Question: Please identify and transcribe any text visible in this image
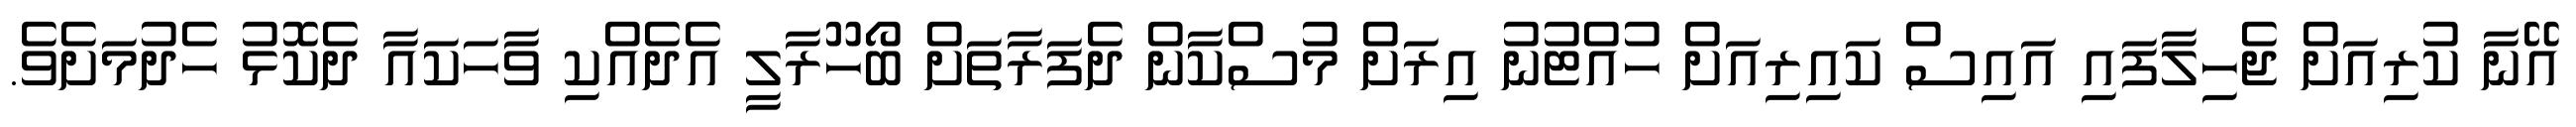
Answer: އޭނާ ކުރިއަށް ޖެހިލާފައި އައިސް ކައިރިއަށް ހުއްޓުނު އިރަށް މުސްކާން ދެފަރާތަށް ބޯހޫރާލީ އެދެއްކި ވާހަކައާ ދެކޮޅު ހެދުމަށެވެ.